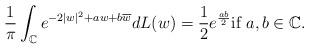
LaTeX: \begin{align*}\frac{1}{\pi} \int_\mathbb{C} e^{-2|w|^2 + aw + b\overline{w}} dL(w) = \frac{1}{2} e^{\frac{ab}{2}} \mbox{if $a,b \in \mathbb{C}$}.\end{align*}